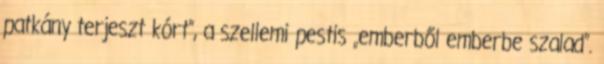
patkány terjeszt kórt”, a szellemi pestis „emberből emberbe szalad”.